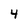
Character: 4